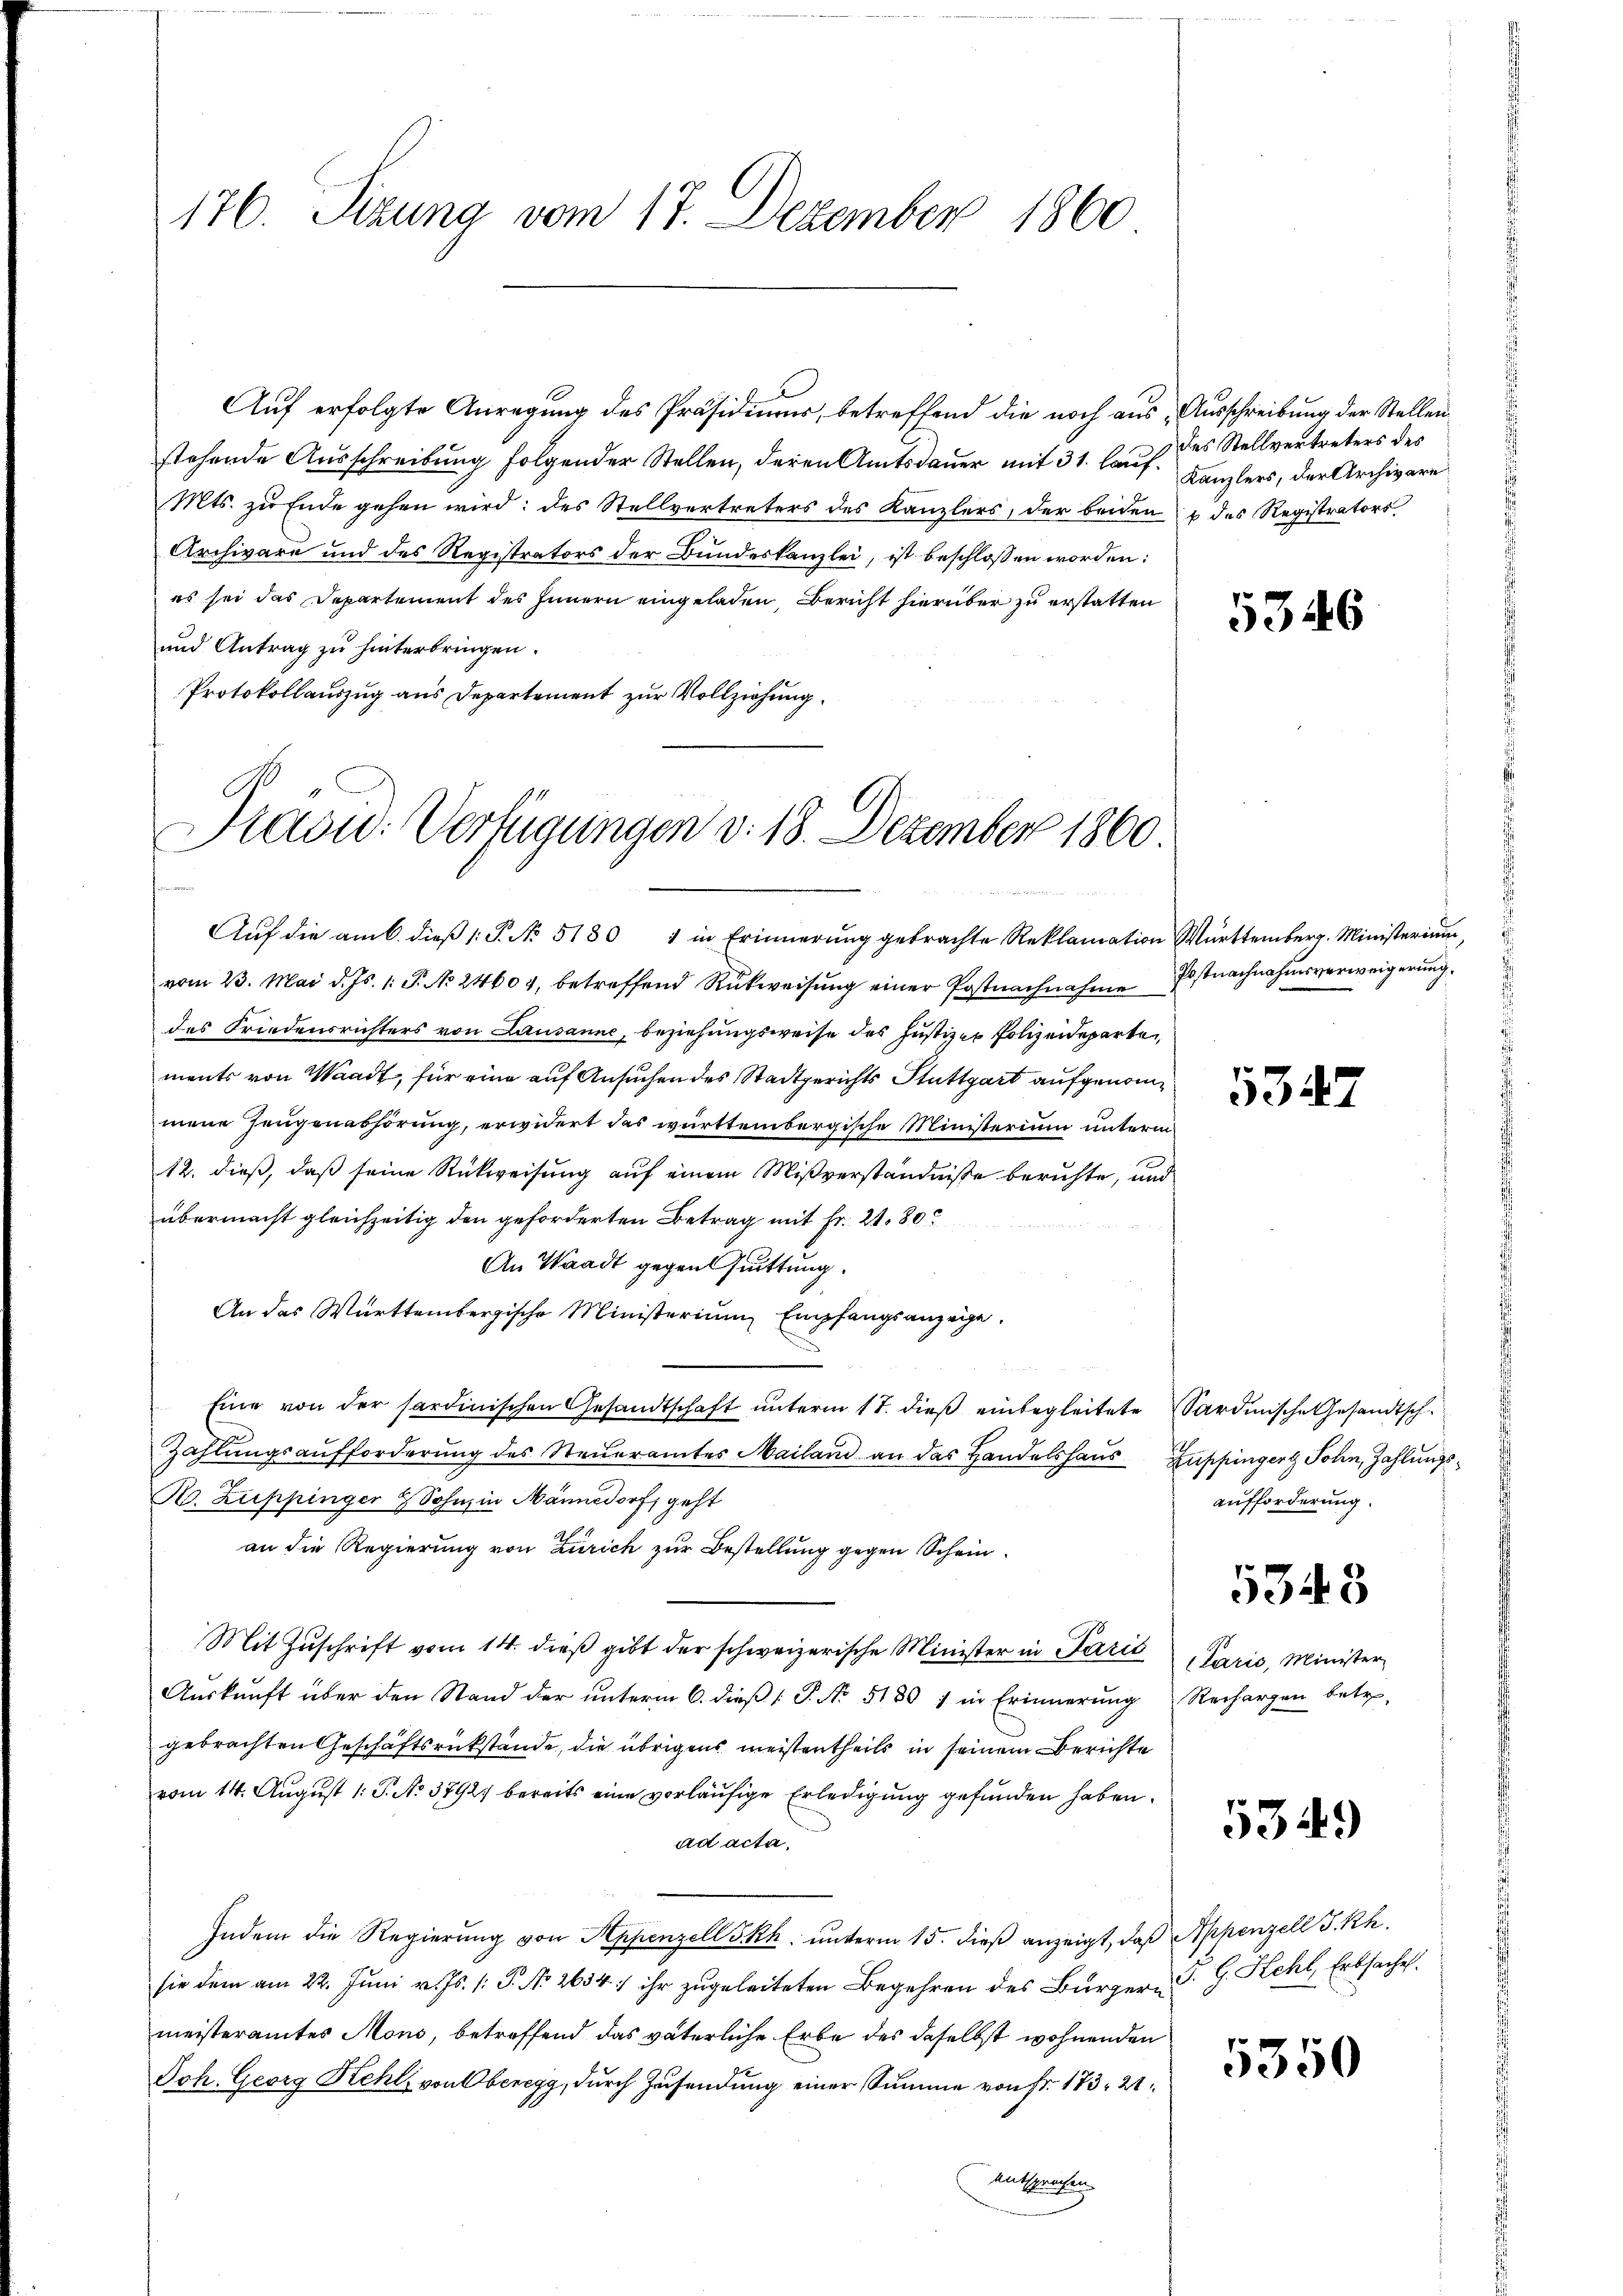
176. Sizung vom 17. Dezember 1860

Auf erfolgte Anregung des Präsidiums, betreffend die noch aus Ausschreibung der Stellenstehende Ausschreibung folgender Stellen, deren Amtsdauer mit 31. lauf. Kanzlers, der Archivare
Mts. zu Ende gehen wird: des Stellvertreters des Kanzlers, der beiden des Registrators
Archivare und des Registrators der Bundeskanzlei, ist beschlossen worden:
es sei das Departement des Innern eingeladen, Bericht hierüber zu erstatten
und Antrag zu hinterbringen.
Protokollauszug aus Departement zur Vollziehung.
Aŭf die am 6. dieβ (: P. No. 51801 in Erinnerung gebrachte Reklamation Württemberg. Ministerium,
vom 23. Mai d. Js. 1. P. No 24604, betreffend Rückweisung einer Postnachnahme
des Friedensrichters von Lausanne, beziehungsweise des Justizen Polizeideparte
ments von Waadt, für eine auf Ansuchen des Stadtgerichts Stuttgart aufgenommene Zeugenabhörung, erwidert das württembergische Ministerium unterm
12. dieß, daß seine Rückweisung auf einem Mißverständniße beruhte, und
übermacht gleichzeitig den geforderten Betrag mit Fr. 2180
An Waadt gegen suittung.
An das Württembergische Ministerium Empfangsanzeige.
Eine von der sardinischen Gesandtschaft unterm 17. dieß einbegleitete Sardinische Gesandtsch
Zahlungsaufforderung des Steueramtes Mailand an das Handelshaus Zuppinger Sohn, Zahlungs¬
R. Zuppinger & Sohn, in Männedorf, geht
an die Regierung von Zürich zur Bestellung gegen Schein¬
Mit Zuschrift vom 14. dieß gibt der schweizerische Minister in Parić
Auskunft über den Stand der unterm 6. dieß ( P. No. 5180 7 in Erinnerung
gebrachten Geschäftsrückstände, die übrigens meistertheils in seinem Berichte
vom 14. August 1: P. No. 37921 bereits eine vorläufige Erledigung gefunden haben.
ad acta.
Indem die Regierung von Appenzell S. Rh. unterm 15. dieß anzeigt, daß Appenzell P. Rh.
sie dem am 22. Jŭni v. Js. /: P. Nr. 2634. ihr zugeleiteten Begehren des Bürgern P. G. Kehl, Erbsache
meisteramtes Mons, betreffend das väterliche Erbe des daselbst wohnenden
Joh. Georg Kehls von Oberegg, durch Zusendung einer Summe von Fr. 173. 21.
entsprechen

Praou: Verfügungen v. 18. Dezember 1860

des Stellvertreters des

5346

Postnachnahmsverweigerung.

5347

aufforderung.

5343

(Paris, Minister
Rechargen betr.

5349)

5350